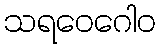
သရဝေဂေါဝ